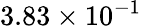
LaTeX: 3.83\times 10^{-1}